Mental hospitals Bombay report 1929-33 - 1929-1933
Year: 1929
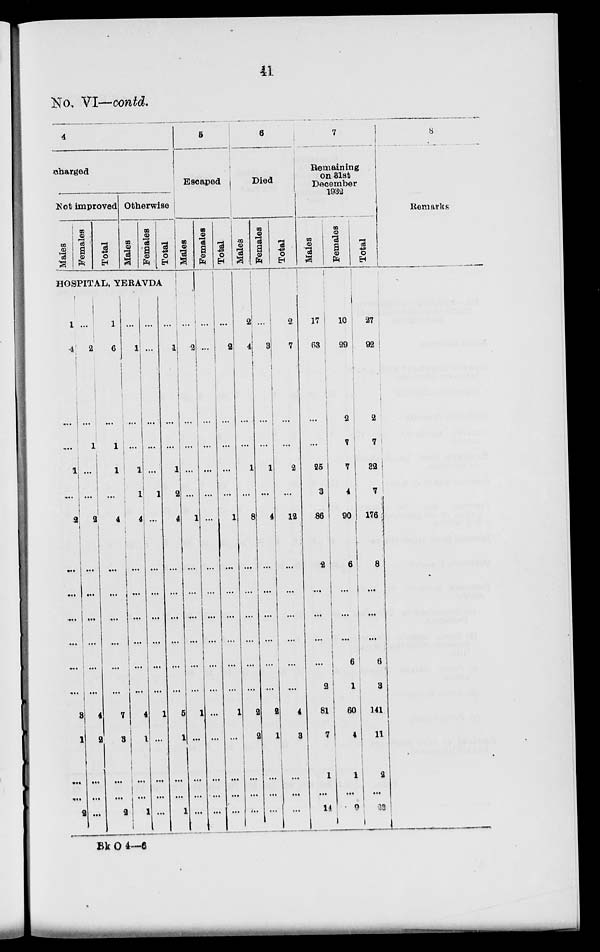
41
No. VI—contd.
4
charged
Not improved
Males
Females
Total
Otherwise
Males
Females
Total
5
Escaped
Males
HOSPITAL, YERAVDAERAVDA
1
4
...
...
1
...
2
...
...
...
...
...
3
1
...
...
2
...
2
...
1
...
...
2
...
...
...
...
...
4
2
...
...
...
1
6
...
1
1
...
4
...
...
...
...
...
7
3
...
...
2
...
1
...
...
1
1
4
...
...
...
...
...
4
1
...
...
1
...
...
...
...
...
1
...
...
...
...
...
...
1
...
...
...
...
...
1
...
...
1
2
4
...
...
...
...
...
5
1
...
...
1
...
2
...
...
...
...
1
...
...
...
...
...
1
...
...
...
...
Females
...
...
...
...
...
...
...
...
...
...
...
...
...
...
...
...
...
Total
...
2
...
...
...
...
1
...
...
...
...
...
1
...
...
...
...
6
Died
Males
2
4
...
...
1
...
8
...
...
...
...
...
2
2
...
...
...
Females
Total
...
3
...
...
1
...
4
...
...
...
...
...
2
1
...
...
...
2
7
...
...
2
...
12
...
...
...
...
...
4
3
...
...
...
7
Remaining
on 31st
December
1932
Males
17
63
2
...
25
3
86
2
...
...
...
2
81
7
1
...
14
Females
10
29
2
7
7
4
90
6
...
...
6
1
60
4
1
...
9
Total
27
92
2
7
32
7
176
8
...
...
6
3
141
11
2
...
23
8
Remarks
Bk O 4—6